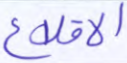
الاقلاع